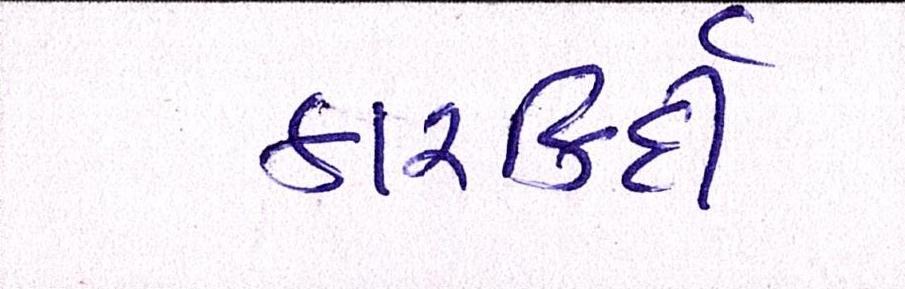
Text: કારર્કિદી